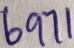
6 9 7 1